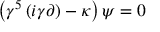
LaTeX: \left( \gamma ^ { 5 } \left( i \gamma \partial \right) - \kappa \right) \psi = 0